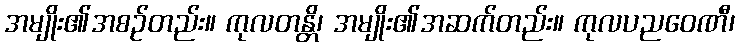
အမျိုး၏အစဉ်တည်း။ ကုလတန္တိ၊ အမျိုး၏အဆက်တည်း။ ကုလပညဝေဏီ၊